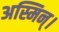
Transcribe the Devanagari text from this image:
अस्मिन्।